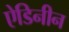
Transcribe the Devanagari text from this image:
ऐडिनीन